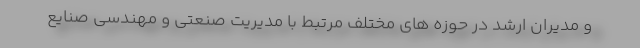
و مدیران ارشد در حوزه های مختلف مرتبط با مدیریت صنعتی و مهندسی صنایع